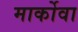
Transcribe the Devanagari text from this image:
मार्कोवा